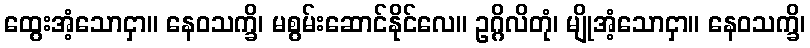
ထွေးအံ့သောငှာ။ နေဝသက္ခိ၊ မစွမ်းဆောင်နိုင်လေ။ ဥဂ္ဂိလိတုံ၊ မျိုအံ့သောငှာ။ နေဝသက္ခိ၊